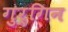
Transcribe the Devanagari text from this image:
गुर्गिन